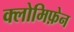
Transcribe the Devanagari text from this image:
क्लोमिफ़ेन